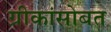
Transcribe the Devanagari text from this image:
ग्रीकांसोबत